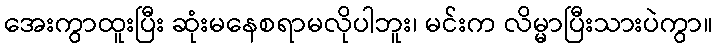
အေးကွာထူးပြီး ဆုံးမနေစရာမလိုပါဘူး၊ မင်းက လိမ္မာပြီးသားပဲကွာ။